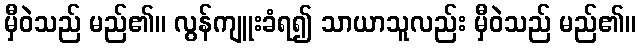
မှီဝဲသည် မည်၏။ လွန်ကျူးခံရ၍ သာယာသူလည်း မှီဝဲသည် မည်၏။